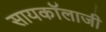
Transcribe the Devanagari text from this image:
सायकॉलाजी